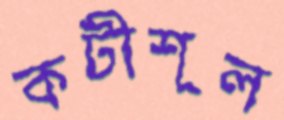
কটীশূল